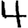
Digit: 4